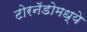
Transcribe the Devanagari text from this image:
टोरनॅडोमध्ये